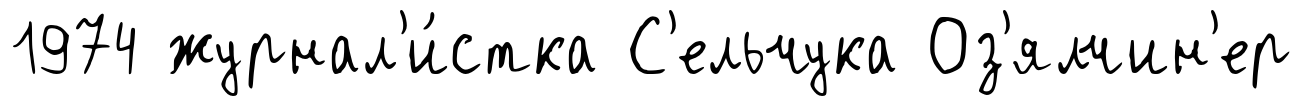
1974 журнал'и́стка С'ельчука Оз'ялчин'ер